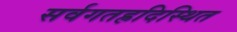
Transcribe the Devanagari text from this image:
सर्वगतह्रदिस्थित